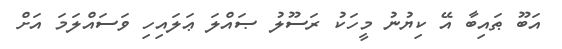
އަބޫ ޠައިބާ އޭ ކިޔުނު މީހަކު ރަސޫލު ޞައްލަ ޢަލައިހި ވަސައްލަމަ އަށް